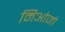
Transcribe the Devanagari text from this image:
मिओजो